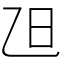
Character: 𣄽